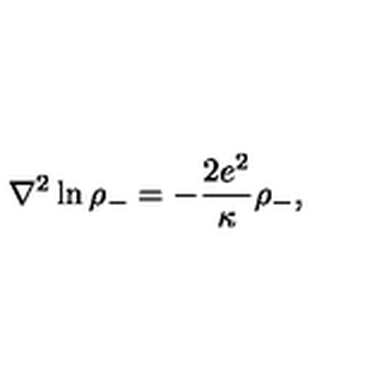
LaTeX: { \nabla } ^ { 2 } \ln { { \rho } _ { - } } = - { \frac { 2 e ^ { 2 } } { \kappa } } { \rho } _ { - } ,